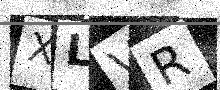
Text: XLVR